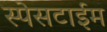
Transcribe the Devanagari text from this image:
स्पेसटाईम